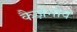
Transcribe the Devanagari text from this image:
कैज़ेनोव